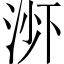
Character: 𬇭